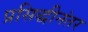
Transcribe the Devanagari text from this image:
प्रसिद्धीनंतर